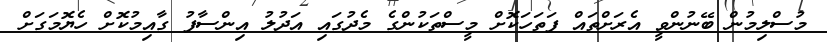
މުސްލިމުން ބޭނުންވީ އެރަށްތައް ފަތަހަކޮށް މީސްތަކުންގެ މެދުގައި އަދުލު އިންސާފު ގާއިމުކޮށް ހެޔޮމަގަށް